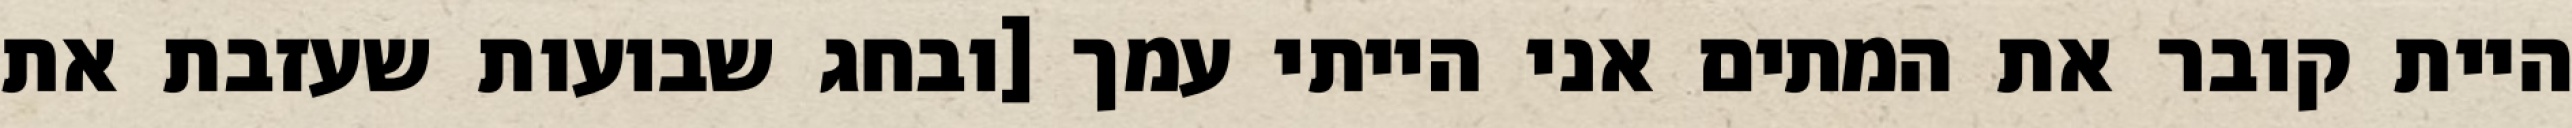
היית קובר את המתים אני הייתי עמך [ובחג שבועות שעזבת את